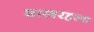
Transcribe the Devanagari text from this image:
शास्त्ररहस्य